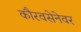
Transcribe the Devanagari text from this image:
कौरवसेनेवर